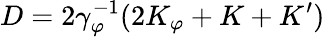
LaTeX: D=2\gamma_{\varphi}^{-1}(2K_{\varphi}+K+K^{\prime})